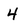
Character: 4